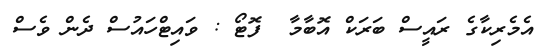
އެމެރިކާގެ ރައީސް ބަރަކް އޮބާމާ  ފޮޓޯ : ވައިޓްހައުސް ދެން ވެސް